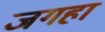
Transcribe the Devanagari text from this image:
जगहा